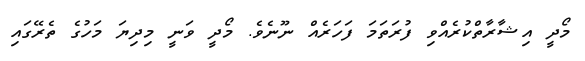
މޯދީ އިޝާރާތްކުރެއްވި ފުރަތަމަ ފަހަރެއް ނޫނެވެ. މޯދީ ވަނީ މިދިޔަ މަހުގެ ތެރޭގައި